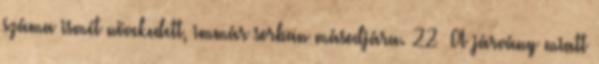
száma ismét növekedett, immár sorban másodjára. 22 A járvány miatt